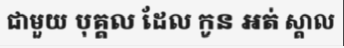
ជាមួយ បុគ្គល ដែល កូន អត់ ស្គាល